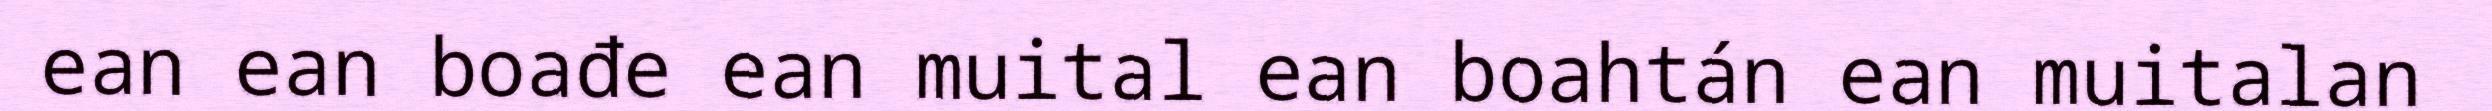
ean ean boađe ean muital ean boahtán ean muitalan